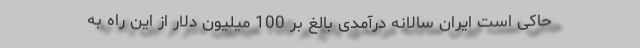
حاکی است ایران سالانه درآمدی بالغ بر 100 میلیون دلار از این راه به